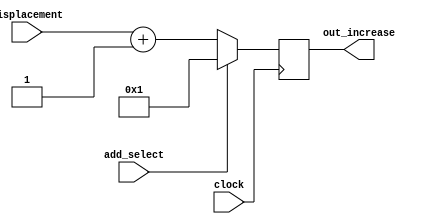
module program_counter_increaser(clock, add_select, displacement, out_increase);

	input clock, add_select;
	input [7:0] displacement;
	output reg [7:0] out_increase;
	
	always@(posedge clock)begin
		if(add_select)
			out_increase = 8'b0000_0001;
		else
			out_increase = displacement + 8'b0000_0001;	
	end
endmodule